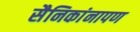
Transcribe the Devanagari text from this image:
सैनिकांनापण